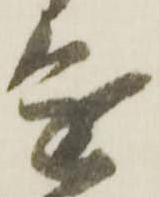
進